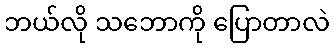
ဘယ်လို သဘောကို ပြောတာလဲ